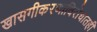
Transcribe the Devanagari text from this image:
खासगीकरणाविरोधातही